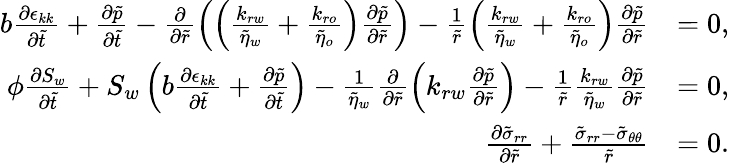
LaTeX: \begin{array}{rl}{b\frac{\partial\epsilon_{kk}}{\partial\tilde{t}}+\frac{\partial\tilde{p}}{\partial\tilde{t}}-\frac{\partial}{\partial\tilde{r}}\left(\left(\frac{k_{rw}}{\tilde{\eta}_{w}}+\frac{k_{ro}}{\tilde{\eta}_{o}}\right)\frac{\partial\tilde{p}}{\partial\tilde{r}}\right)-\frac{1}{\tilde{r}}\left(\frac{k_{rw}}{\tilde{\eta}_{w}}+\frac{k_{ro}}{\tilde{\eta}_{o}}\right)\frac{\partial\tilde{p}}{\partial\tilde{r}}}&{=0,}\\ {\phi\frac{\partial S_{w}}{\partial\tilde{t}}+S_{w}\left(b\frac{\partial\epsilon_{kk}}{\partial\tilde{t}}+\frac{\partial\tilde{p}}{\partial\tilde{t}}\right)-\frac{1}{\tilde{\eta}_{w}}\frac{\partial}{\partial\tilde{r}}\left(k_{rw}\frac{\partial\tilde{p}}{\partial\tilde{r}}\right)-\frac{1}{\tilde{r}}\frac{k_{rw}}{\tilde{\eta}_{w}}\frac{\partial\tilde{p}}{\partial\tilde{r}}}&{=0,}\\ {\frac{\partial\tilde{\sigma}_{rr}}{\partial\tilde{r}}+\frac{\tilde{\sigma}_{rr}-\tilde{\sigma}_{\theta\theta}}{\tilde{r}}}&{=0.}\end{array}